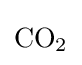
{\textstyle {\mathrm {CO} {\vphantom {A}}_{\smash[{t}]{2}}}}